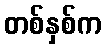
တစ်နှစ်က